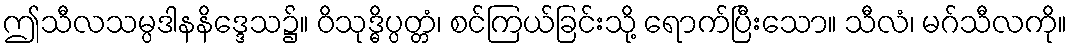
ဤသီလသမ္ပဒါနနိဒ္ဒေသ၌။ ဝိသုဒ္ဓိပ္ပတ္တံ၊ စင်ကြယ်ခြင်းသို့ ရောက်ပြီးသော။ သီလံ၊ မဂ်သီလကို။